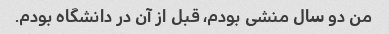
من دو سال منشی بودم، قبل از آن در دانشگاه بودم.